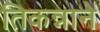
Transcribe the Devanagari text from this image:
तिकन्नाने